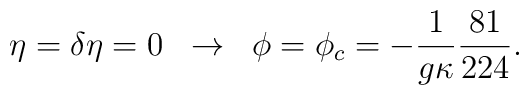
\eta = \delta \eta = 0 \; \;\rightarrow\; \; \phi = \phi_c =-\frac{1}{g \kappa}  \frac{81}{224} .